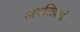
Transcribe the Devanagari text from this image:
अवलियाचे